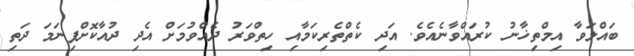
ބައްލަވާ އިމްތިޚާނު ކުރައްވާނެއެވެ. އަދި ކެތްތެރިކަމާއި ހިތްވަރު ދެއްވުމަށް އެދި ދުއާކޮށްފިނަމަ ދަތި